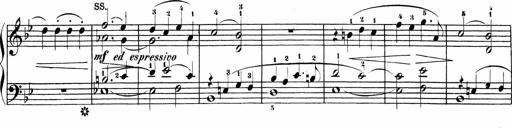
Title: Sonatinas
Composer: Andrew Violette